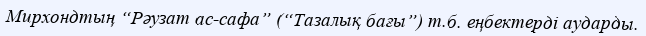
Мирхондтың “Рәузат ас-сафа” (“Тазалық бағы”) т.б. еңбектерді аударды.